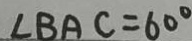
\angle B A C = 6 0 ^ { \circ }